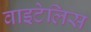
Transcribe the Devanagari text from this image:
वाइटेलिस